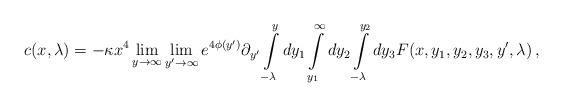
LaTeX: \begin{align*}c(x,\lambda )= - \kappa x^4 \lim_{y\rightarrow\infty} \lim_{y'\rightarrow\infty} e^{4\phi (y')} \partial_{y'}\int\limits_{-\lambda }^{y}dy_1\int\limits_{y_1}^{\infty}dy_2\int\limits_{-\lambda }^{y_2}dy_3 F(x,y_1,y_2,y_3,y',\lambda )\,,\end{align*}